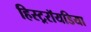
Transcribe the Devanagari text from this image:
हिस्ट्ररॉयडिया